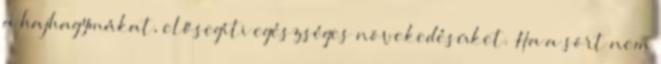
a hajhagymákat, elősegíti egészséges növekedésüket. Ha a sört nem